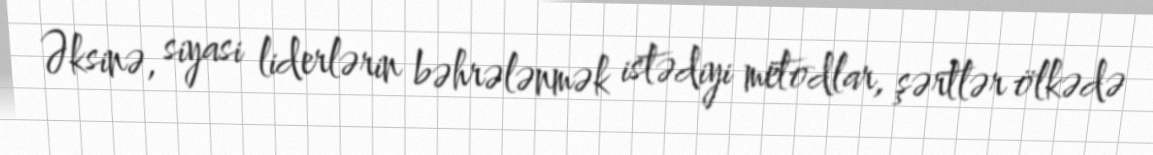
Əksinə, siyasi liderlərin bəhrələnmək istədiyi metodlar, şərtlər ölkədə